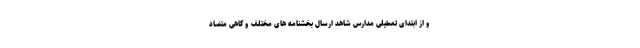
و از ابتدای تعطیلی مدارس شاهد ارسال بخشنامه های مختلف و گاهی متضاد